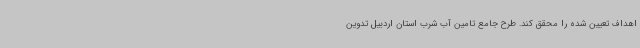
اهداف تعیین شده را محقق کند. طرح جامع تامین آب شرب استان اردبیل تدوین